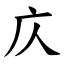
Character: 庂